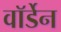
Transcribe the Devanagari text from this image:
वाॅर्डेन